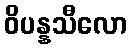
ဝိပန္နသီလော